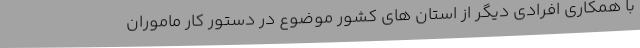
با همکاری افرادی دیگر از استان های کشور موضوع در دستور کار ماموران